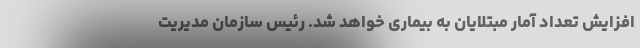
افزایش تعداد آمار مبتلایان به بیماری خواهد شد. رئیس سازمان مدیریت